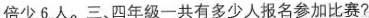
倍少6人。三、四年级一共有多少人报名参加比赛?